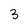
Character: 3